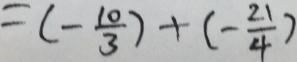
= ( - \frac { 1 0 } { 3 } ) + ( - \frac { 2 1 } { 4 } )